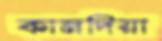
কানদিয়া